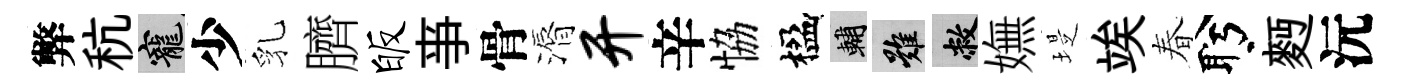
弊秔寵少乳臍皈亊骨漘开辛恊楹輔難敝嫵堤竢春盻麪沅